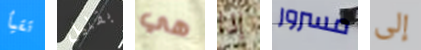
تقيأ بقليل هي إذا مسرور إلى